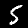
Label: 5